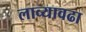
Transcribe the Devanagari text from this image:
लाव्यावढा